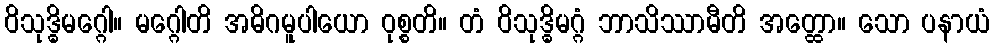
ဝိသုဒ္ဓိမဂ္ဂေါ။ မဂ္ဂေါတိ အဓိဂမူပါယော ဝုစ္စတိ။ တံ ဝိသုဒ္ဓိမဂ္ဂံ ဘာသိဿာမီတိ အတ္ထော။ သော ပနာယံ